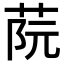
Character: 𦰟